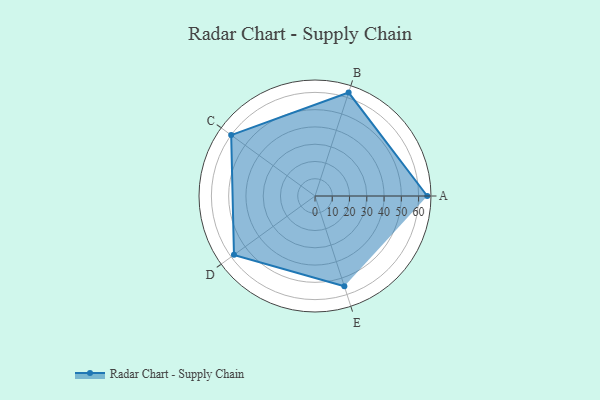
{"axis": {"x": "Skill", "y": "Score"}, "legend": ["Profile"], "data": [{"x": "A", "y": 65.0, "type": "Profile"}, {"x": "B", "y": 63.0, "type": "Profile"}, {"x": "C", "y": 60.0, "type": "Profile"}, {"x": "D", "y": 58.0, "type": "Profile"}, {"x": "E", "y": 55.0, "type": "Profile"}]}